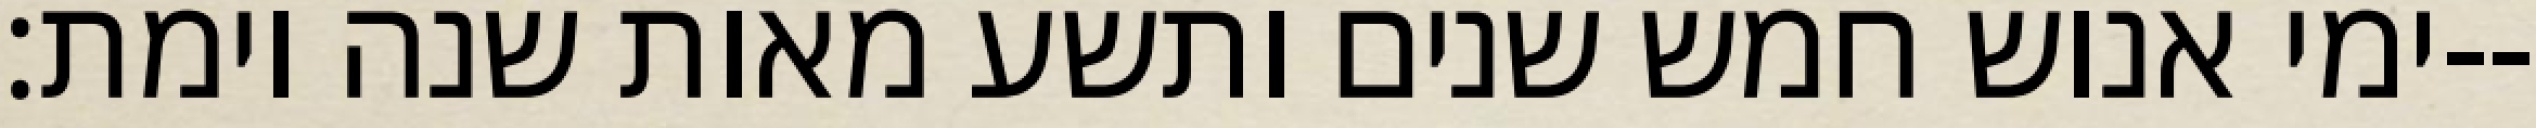
ימי אנוש חמש שנים ותשע מאות שנה וימת׃--